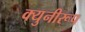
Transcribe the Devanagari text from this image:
क्युनीरूप